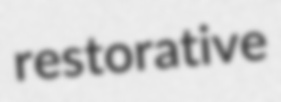
restorative